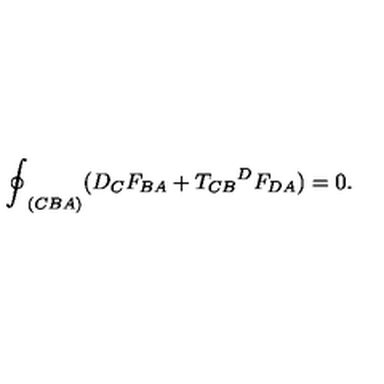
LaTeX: { \oint } _ { ( C B A ) } ( D _ { C } F _ { B A } + { { T _ { C B } } ^ { D } } F _ { D A } ) = 0 .